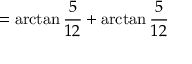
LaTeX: = \arctan { \frac { 5 } { 1 2 } } + \arctan { \frac { 5 } { 1 2 } }